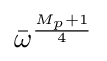
{\bar {\omega }}^{\frac {M_{p}+1}{4}}